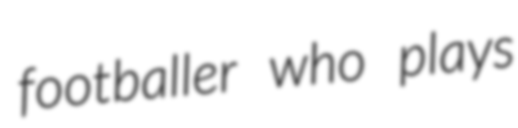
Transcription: footballer who plays